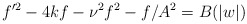
\begin{align*}f^{\prime 2}-4kf-\nu^2f^2-f/A^2=B(|w|)\end{align*}